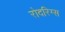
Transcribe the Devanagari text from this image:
रोदरिग्स